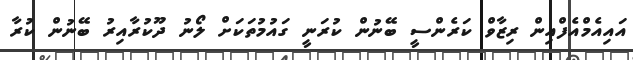
އައިއެމްއެފްއިން ރިޒާވް ކަރެންސީ ބޭނުން ކުރަނީ ގައުމުތަކަށް ލޯނު ދޫކުރާއިރު ބޭނުން ކުރާ